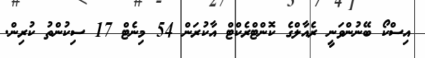
އިސްކޯ ބޭނުންވަނީ ރެއާލްގެ ކޮންޓްރެކްޓް އާކުރަން 54 މިނެޓް 17 ސިކުންތު ކުރިން.